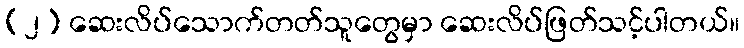
(၂) ဆေးလိပ်သောက်တတ်သူတွေမှာ ဆေးလိပ်ဖြတ်သင့်ပါတယ်။